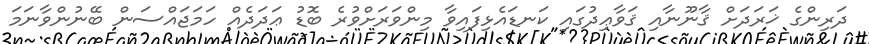
ދަރިންގެ ޚަރަދަށް ޤާނޫނާއި ޤަވާޢިދުގައި ކަނޑައެޅިފައިވާ މިންވަރަށްވުރެ ބޮޑު ޢަދަދެއް ހަމަޖައްސަން ބޭނުންވާނަމަ